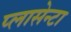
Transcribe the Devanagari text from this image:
प्लासेन्टा